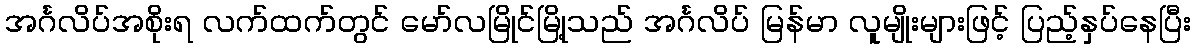
အင်္ဂလိပ်အစိုးရ လက်ထက်တွင် မော်လမြိုင်မြို့သည် အင်္ဂလိပ် မြန်မာ လူမျိုးများဖြင့် ပြည့်နှပ်နေပြီး